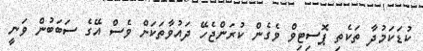
ކުޑަކަމުދާ ތަކެތި ޕޮސިޓިވް ވެގެން ކުރަންޖެހޭ ދައުވާތަކަށް ވެސް އޭގެ ސަބަބުން ވަނީ